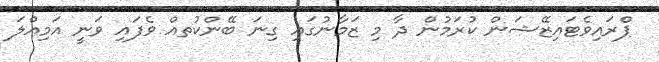
ޕްރައިވެޓައިޒޭޝަން ކުރަމުން ދާ މި ޒަމާނުގައި ގިނަ ބޭންކުތއް ވެފައި ވަނީ އަމިއްލަ